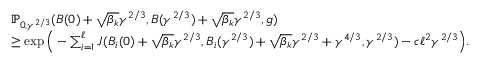
\begin{array} { r l } & { \mathbb { P } _ { 0 , \gamma ^ { 2 / 3 } } ( B ( 0 ) + \sqrt { \beta _ { k } } \gamma ^ { 2 / 3 } , B ( \gamma ^ { 2 / 3 } ) + \sqrt { \beta _ { k } } \gamma ^ { 2 / 3 } , g ) } \\ & { \ge \exp \Big ( - \sum _ { i = 1 } ^ { \ell } J ( B _ { i } ( 0 ) + \sqrt { \beta _ { k } } \gamma ^ { 2 / 3 } , B _ { i } ( \gamma ^ { 2 / 3 } ) + \sqrt { \beta _ { k } } \gamma ^ { 2 / 3 } + \gamma ^ { 4 / 3 } , \gamma ^ { 2 / 3 } ) - c \ell ^ { 2 } \gamma ^ { 2 / 3 } \Big ) . } \end{array}